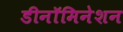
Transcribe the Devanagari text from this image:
डीनॉमिनेशन